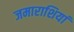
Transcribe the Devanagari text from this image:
जमाराशियां